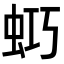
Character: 𧊌